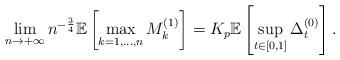
LaTeX: \begin{align*}\lim_{n\rightarrow +\infty} n^{-\frac 34}\mathbb E\left[\max_{k=1,\ldots,n}M_k^{(1)}\right]=K_p\mathbb E\left[\sup_{t\in[0,1]}\Delta_t^{(0)} \right].\end{align*}